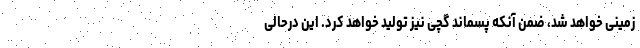
زمینی خواهد شد، ضمن آنکه ‌پسماند گچی نیز تولید خواهد کرد. این درحالی